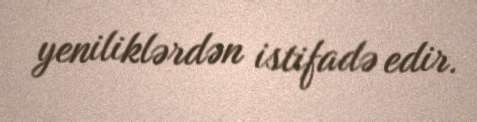
yeniliklərdən istifadə edir.